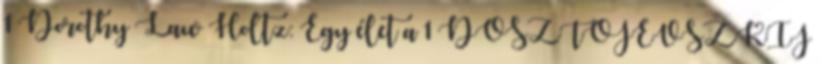
1 Dorothy Law Holtz: Egy élet a 1 DOSZTOJEVSZKIJ